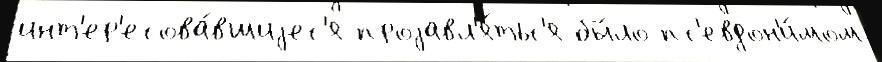
инт'ер'есова́вшиjес'я проjавл'я́тьс'я бы́ло пс'евдон'и́мом